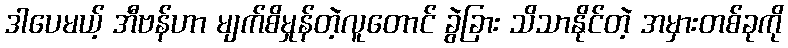
ဒါပေမယ့် အီဗန်ဟာ မျက်စိမှုန်တဲ့လူတောင် ခွဲခြား သိသာနိုင်တဲ့ အမှားတစ်ခုကို